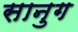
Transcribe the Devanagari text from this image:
सानुग